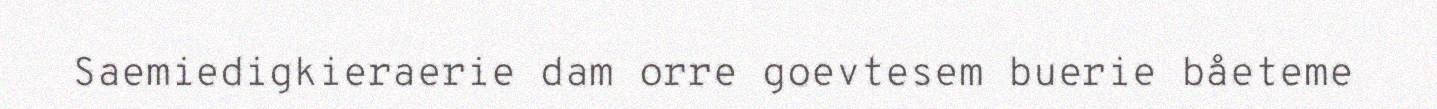
Saemiedigkieraerie dam orre goevtesem buerie båeteme